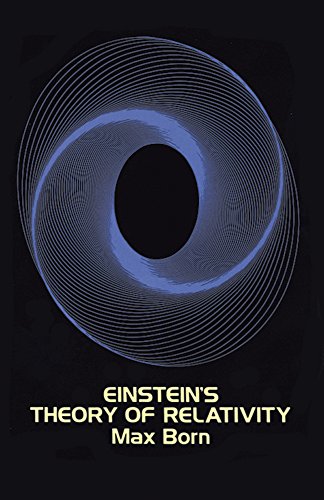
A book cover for Einstein's Theory of Relativity; Max Born; Science & Math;